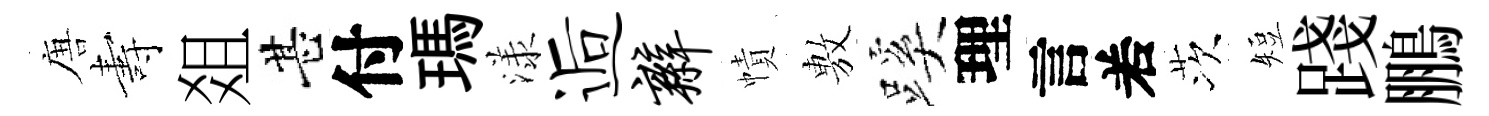
唐夀爼甚付瑪漾逅辫幘𢾾蹊理言𠰥茨短踐鵬